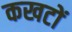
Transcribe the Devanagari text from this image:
कखटों